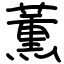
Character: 薫